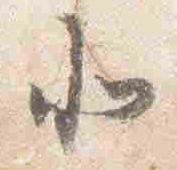
北